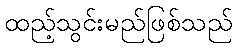
ထည့်သွင်းမည်ဖြစ်သည်